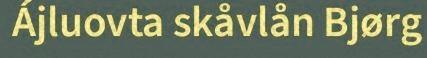
Ájluovta skåvlån Bjørg